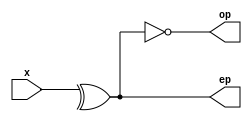
module parity_gen(ep,op,x);
output ep,op;
input [8:0]x;
assign ep=^x;
assign op=~ep;
endmodule